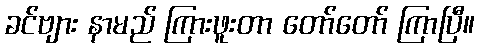
ခင်ဗျား နာမည် ကြားဖူးတာ တော်တော် ကြာပြီ။